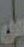
من